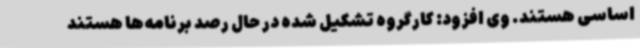
اساسی هستند. وی افزود: کارگروه تشکیل شده در حال رصد برنامه‌ها هستند